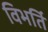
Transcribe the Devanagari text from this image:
विभर्ति